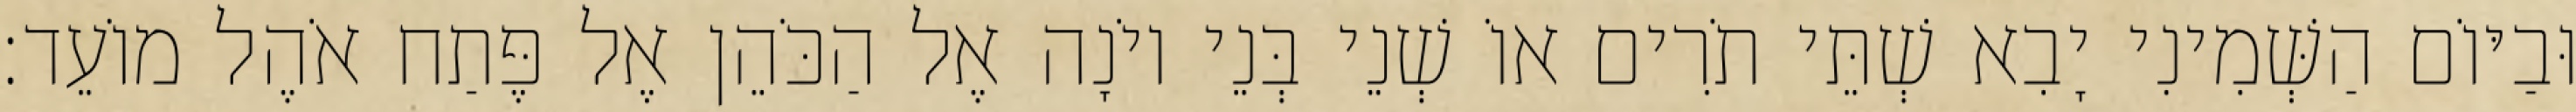
וּבַיּוֹם הַשְּׁמִינִי יָבִא שְׁתֵּי תֹרִים אוֹ שְׁנֵי בְּנֵי יוֹנָה אֶל הַכֹּהֵן אֶל פֶּתַח אֹהֶל מוֹעֵד׃